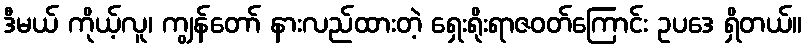
ဒီမယ် ကိုယ့်လူ၊ ကျွန်တော် နားလည်ထားတဲ့ ရှေးရိုးရာဇဝတ်ကြောင်း ဥပဒေ ရှိတယ်။